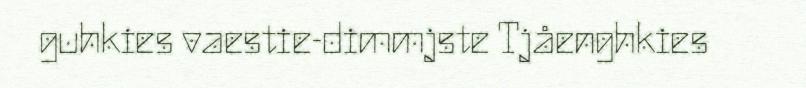
guhkies vaestie-dimmjste Tjåenghkies